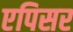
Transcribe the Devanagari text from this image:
एपिसर